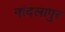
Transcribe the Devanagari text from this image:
नांदलापुर